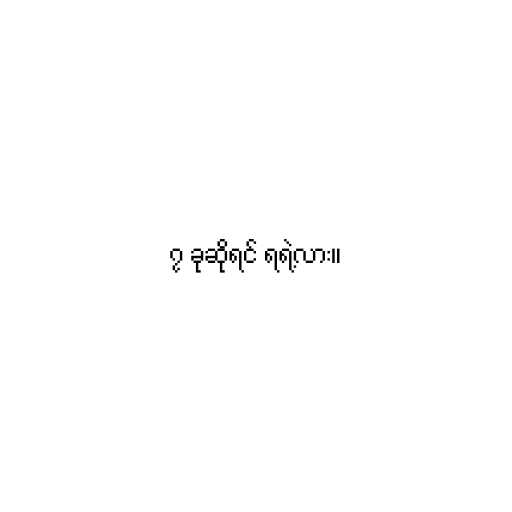
၇ ခုဆိုရင် ရရဲ့လား။